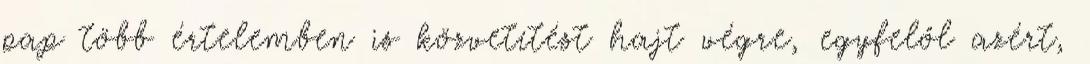
pap több értelemben is közvetítést hajt végre, egyfelől azért,